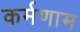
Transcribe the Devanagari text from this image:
कर्मणाम